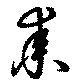
耒